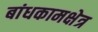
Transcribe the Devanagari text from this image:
बांधकामक्षेत्र